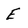
Character: E